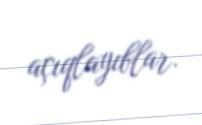
açıqlayıblar.